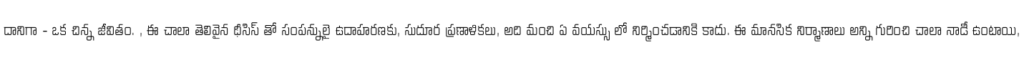
దానిగా - ఒక చిన్న జీవితం. , ఈ చాలా తెలివైన థీసిస్ తో సంపన్నులై ఉదాహరణకు, సుదూర ప్రణాళికలు, అది మంచి ఏ వయస్సు లో నిర్మించడానికి కాదు. ఈ మానసిక నిర్మాణాలు అన్ని గురించి చాలా నాడీ ఉంటాయి,